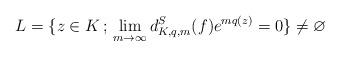
LaTeX: \begin{align*} L=\{z\in K\,;\, \lim_{m\to \infty} d_{K,q,m}^{S}(f)e^{mq(z)}=0 \}\neq \varnothing\end{align*}